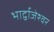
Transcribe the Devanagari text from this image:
भार्द्वाजेश्वर